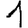
Digit: 1